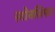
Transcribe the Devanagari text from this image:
स्टोनसिफर